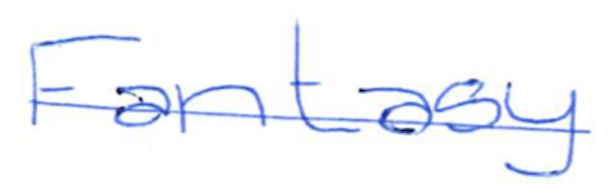
Text: Fantasy
Cross-out: single-line
Writing tool: ballpoint